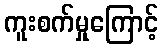
ကူးစက်မှုကြောင့်